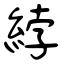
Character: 綍